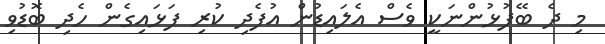
މި ދެ ބޭފުޅުންނަކީ ވެސް އެލައިޑުން އުފެދި ކުރި ފަޅައިގެން ހެދި ބޮޑުވި